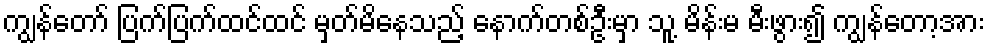
ကျွန်တော် ပြက်ပြက်ထင်ထင် မှတ်မိနေသည့် နောက်တစ်ဦးမှာ သူ့ မိန်းမ မီးဖွား၍ ကျွန်တော့အား